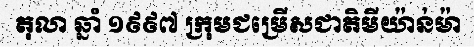
តុលា ឆ្នាំ ១៩៩៧ ក្រុមជម្រើសជាតិមីយ៉ាន់ម៉ា